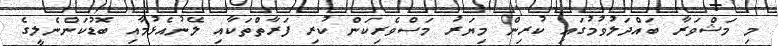
މި މަޝްވަރާ ބައްދަލުވުމުގައި ކުރިން މިޔަރު މަސްވެރިކަން ކުރި ފަރާތްތަކާއި ލޭނުއެޅުމާއި ބޮޑުކަންނެލީގެ